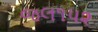
જલ૧૫૨